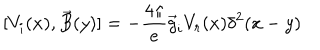
[ V _ { i } ( x ) , \vec { B } ( y ) ] = - { \frac { 4 \pi } { e } } \vec { g } _ { i } V _ { r } ( x ) \delta ^ { 2 } ( x - y )